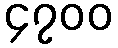
၄၇၀၀